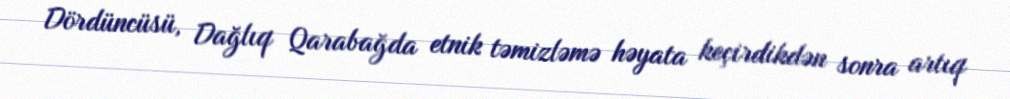
Dördüncüsü, Dağlıq Qarabağda etnik təmizləmə həyata keçirdikdən sonra artıq